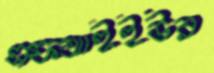
এফআইইউর